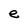
Character: e